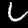
Label: 6